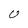
Character: U